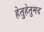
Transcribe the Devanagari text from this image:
हेतुहेतुमद